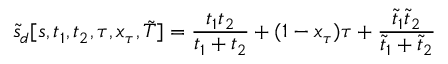
\tilde { s } _ { d } [ s , t _ { 1 } , t _ { 2 } , \tau , x _ { \tau } , \tilde { T } ] = \frac { t _ { 1 } t _ { 2 } } { t _ { 1 } + t _ { 2 } } + ( 1 - x _ { \tau } ) \tau + \frac { \tilde { t } _ { 1 } \tilde { t } _ { 2 } } { \tilde { t } _ { 1 } + \tilde { t } _ { 2 } }